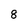
Character: 8